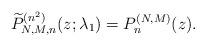
LaTeX: \begin{gather*} \widetilde{P}_{N,M,n}^{( n^{2}) }( z; \lambda_1) =P_{n}^{( N,M) }(z) .\end{gather*}